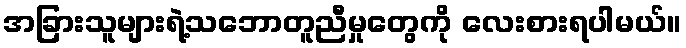
အခြားသူများရဲ့သဘောတူညီမှုတွေကို လေးစားရပါမယ်။